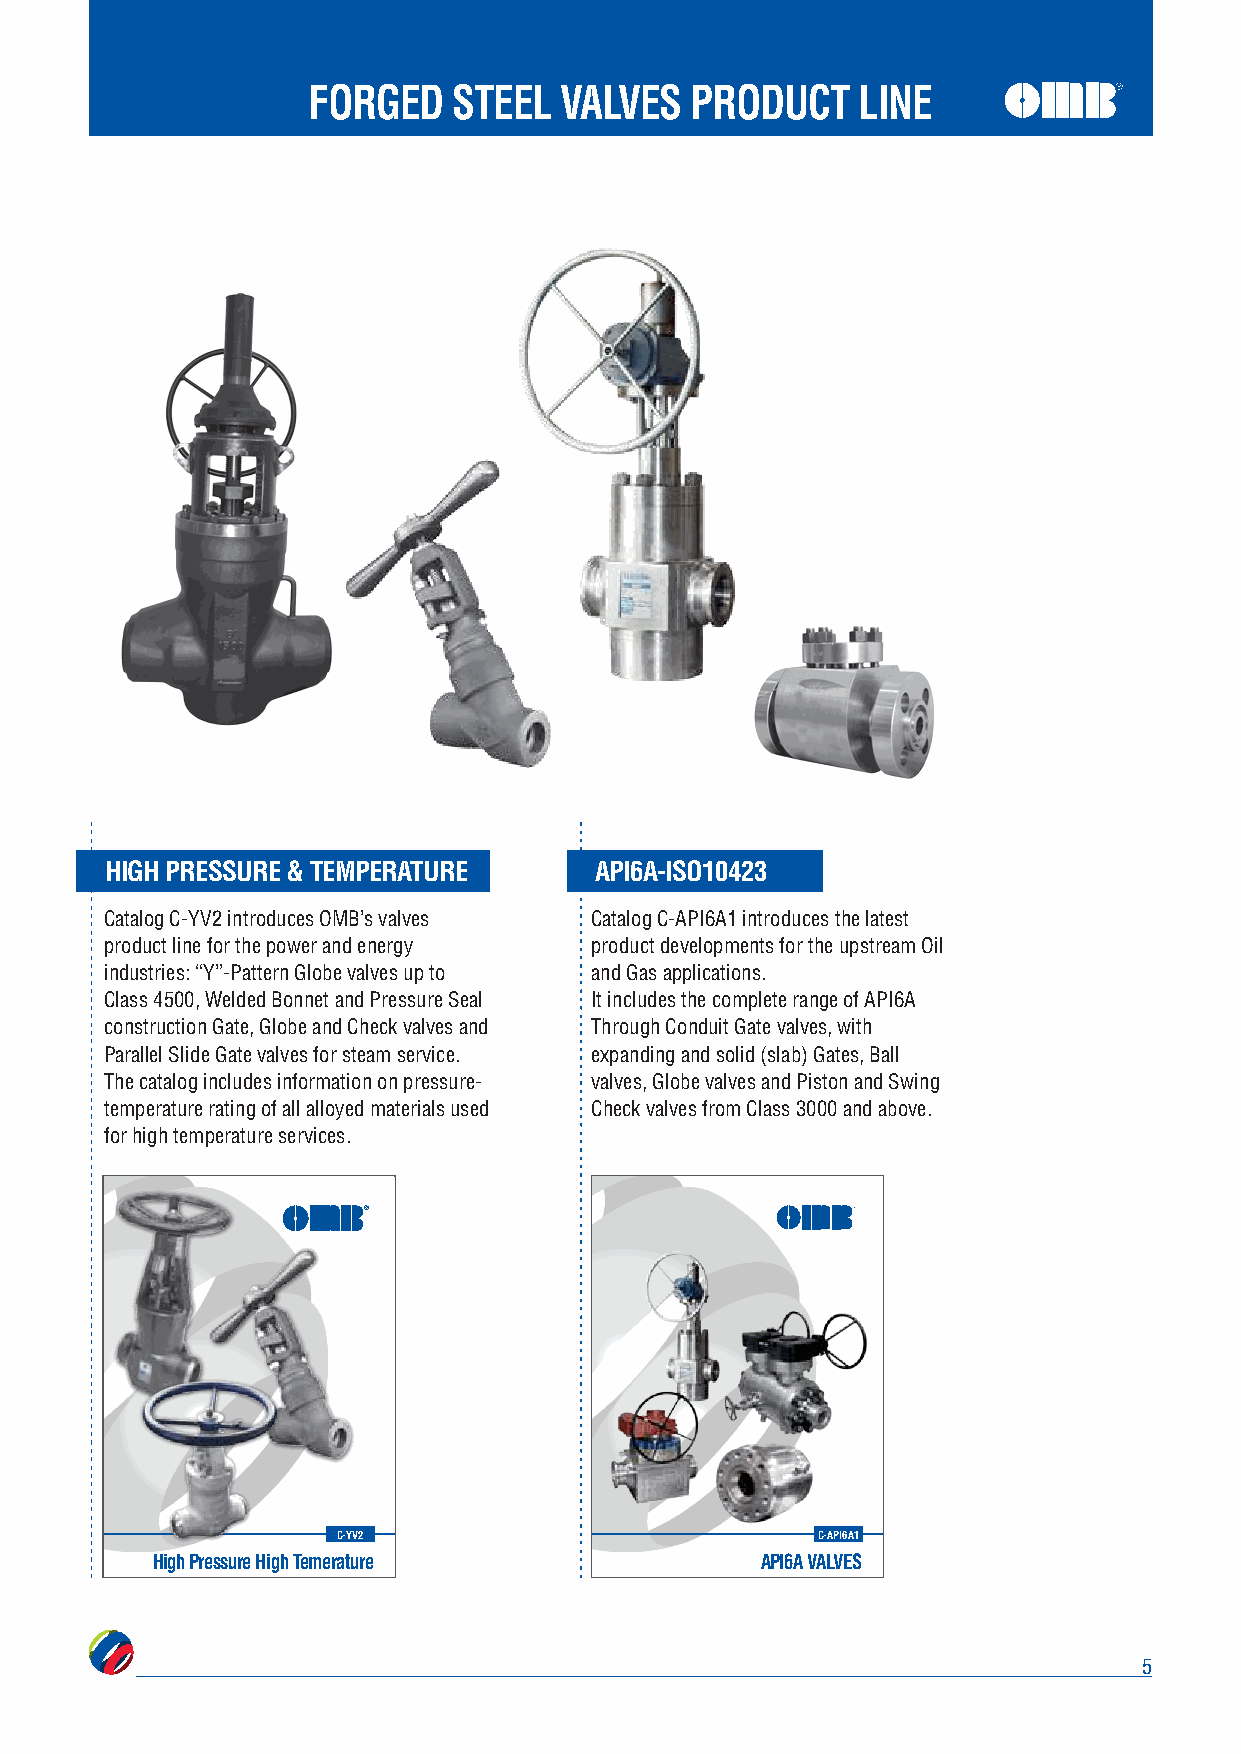
FORGED    STEEL  VALVES   PRODUCT    LINE
 HIGH PRESSURE & TEMPERATURE     API6A-ISO10423
 Catalog C-YV2 introduces OMB’s valves Catalog C-API6A1 introduces the latest
 product line for the power and energy product developments for the upstream Oil
 industries: “Y”-Pattern Globe valves up to and Gas applications.
 Class 4500, Welded Bonnet and Pressure Seal It includes the complete range of API6A
 construction Gate, Globe and Check valves and Through Conduit Gate valves, with
 Parallel Slide Gate valves for steam service. expanding and solid (slab) Gates, Ball
 The catalog includes information on pressure- valves, Globe valves and Piston and Swing
 temperature rating of all alloyed materials used Check valves from Class 3000 and above.
 for high temperature services.
 ®
 C-YV2                           C-API6A1
 High Pressure High Temerature           API6A VALVES
 5